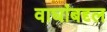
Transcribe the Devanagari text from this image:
वाघांबद्द्ल